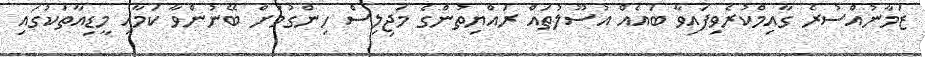
ޒަމާނުއްސުރެ ގާއިމްކުރެވިފައިވާ ބައެއް އުސޫލުތައް ރައްޔިތުންގެ މަޖިލިސް ހިންގުމަށް ބޭނުންވާ ކަމާއި މީޑިއާތަކުގައި